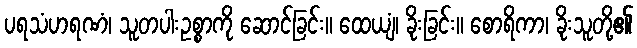
ပရသံဟရဏံ၊ သူတပါးဥစ္စာကို ဆောင်ခြင်း။ ထေယျံ၊ ခိုးခြင်း။ စောရိကာ၊ ခိုးသူတို့၏